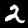
Label: 2